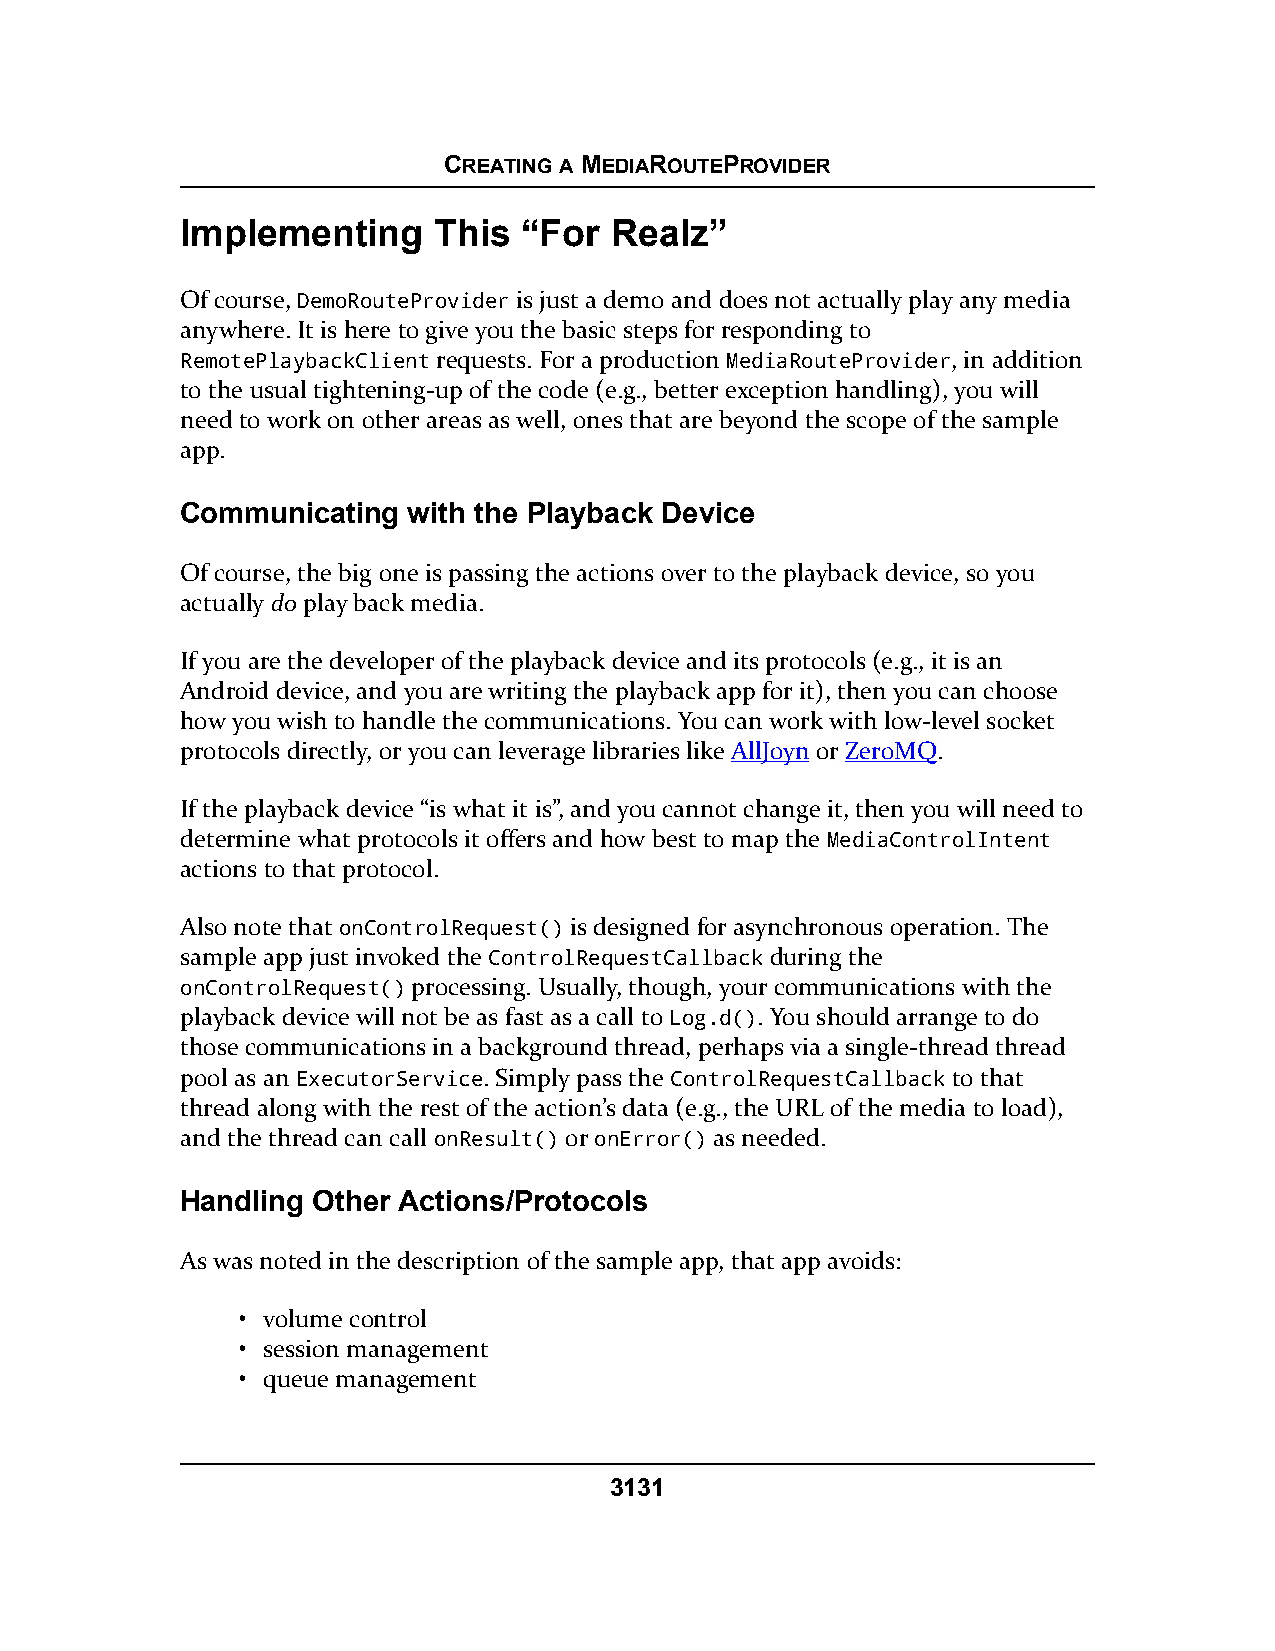
CREATING A MEDIAROUTEPROVIDER
 Implementing     This  “For Realz”
 Of course, DemoRouteProvider is just a demo and does not actually play any media
 anywhere. It is here to give you the basic steps for responding to
 RemotePlaybackClient requests. For a production MediaRouteProvider, in addition
 to the usual tightening-up of the code (e.g., better exception handling), you will
 need to work on other areas as well, ones that are beyond the scope of the sample
 app.
 Communicating  with the Playback Device
 Of course, the big one is passing the actions over to the playback device, so you
 actually do play back media.
 If you are the developer of the playback device and its protocols (e.g., it is an
 Android device, and you are writing the playback app for it), then you can choose
 how you wish to handle the communications. You can work with low-level socket
 protocols directly, or you can leverage libraries like AllJoyn or ZeroMQ.
 If the playback device “is what it is”, and you cannot change it, then you will need to
 determine what protocols it offers and how best to map the MediaControlIntent
 actions to that protocol.
 Also note that onControlRequest() is designed for asynchronous operation. The
 sample app just invoked the ControlRequestCallback during the
 onControlRequest() processing. Usually, though, your communications with the
 playback device will not be as fast as a call to Log.d(). You should arrange to do
 those communications in a background thread, perhaps via a single-thread thread
 pool as an ExecutorService. Simply pass the ControlRequestCallback to that
 thread along with the rest of the action’s data (e.g., the URL of the media to load),
 and the thread can call onResult() or onError() as needed.
 Handling Other Actions/Protocols
 As was noted in the description of the sample app, that app avoids:
 • volume control
 • session management
 • queue management
 3131